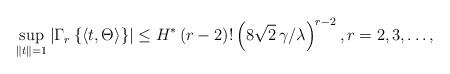
LaTeX: \begin{align*}\sup_{\left\| t\right\| =1}\left| \Gamma _{r}\left\{ \left\langle t,\Theta\right\rangle \right\} \right| \leq H^{*}\left( r-2\right) !\left( 8\sqrt{2}\,\gamma /\lambda \right) ^{r-2},r=2,3,\ldots , \end{align*}